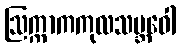
ဩက္ကာကကုလသမ္ဘဝေါ